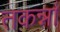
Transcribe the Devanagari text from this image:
तकर्न्ना